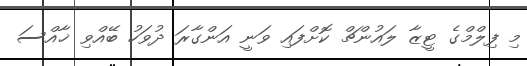
މި ފިލްމްގެ ޓީޒާ ލައުންޗް ކޮށްފައި ވަނީ އަންގާރަ ދުވަހު ބޭއްވި ޚާއްސަ